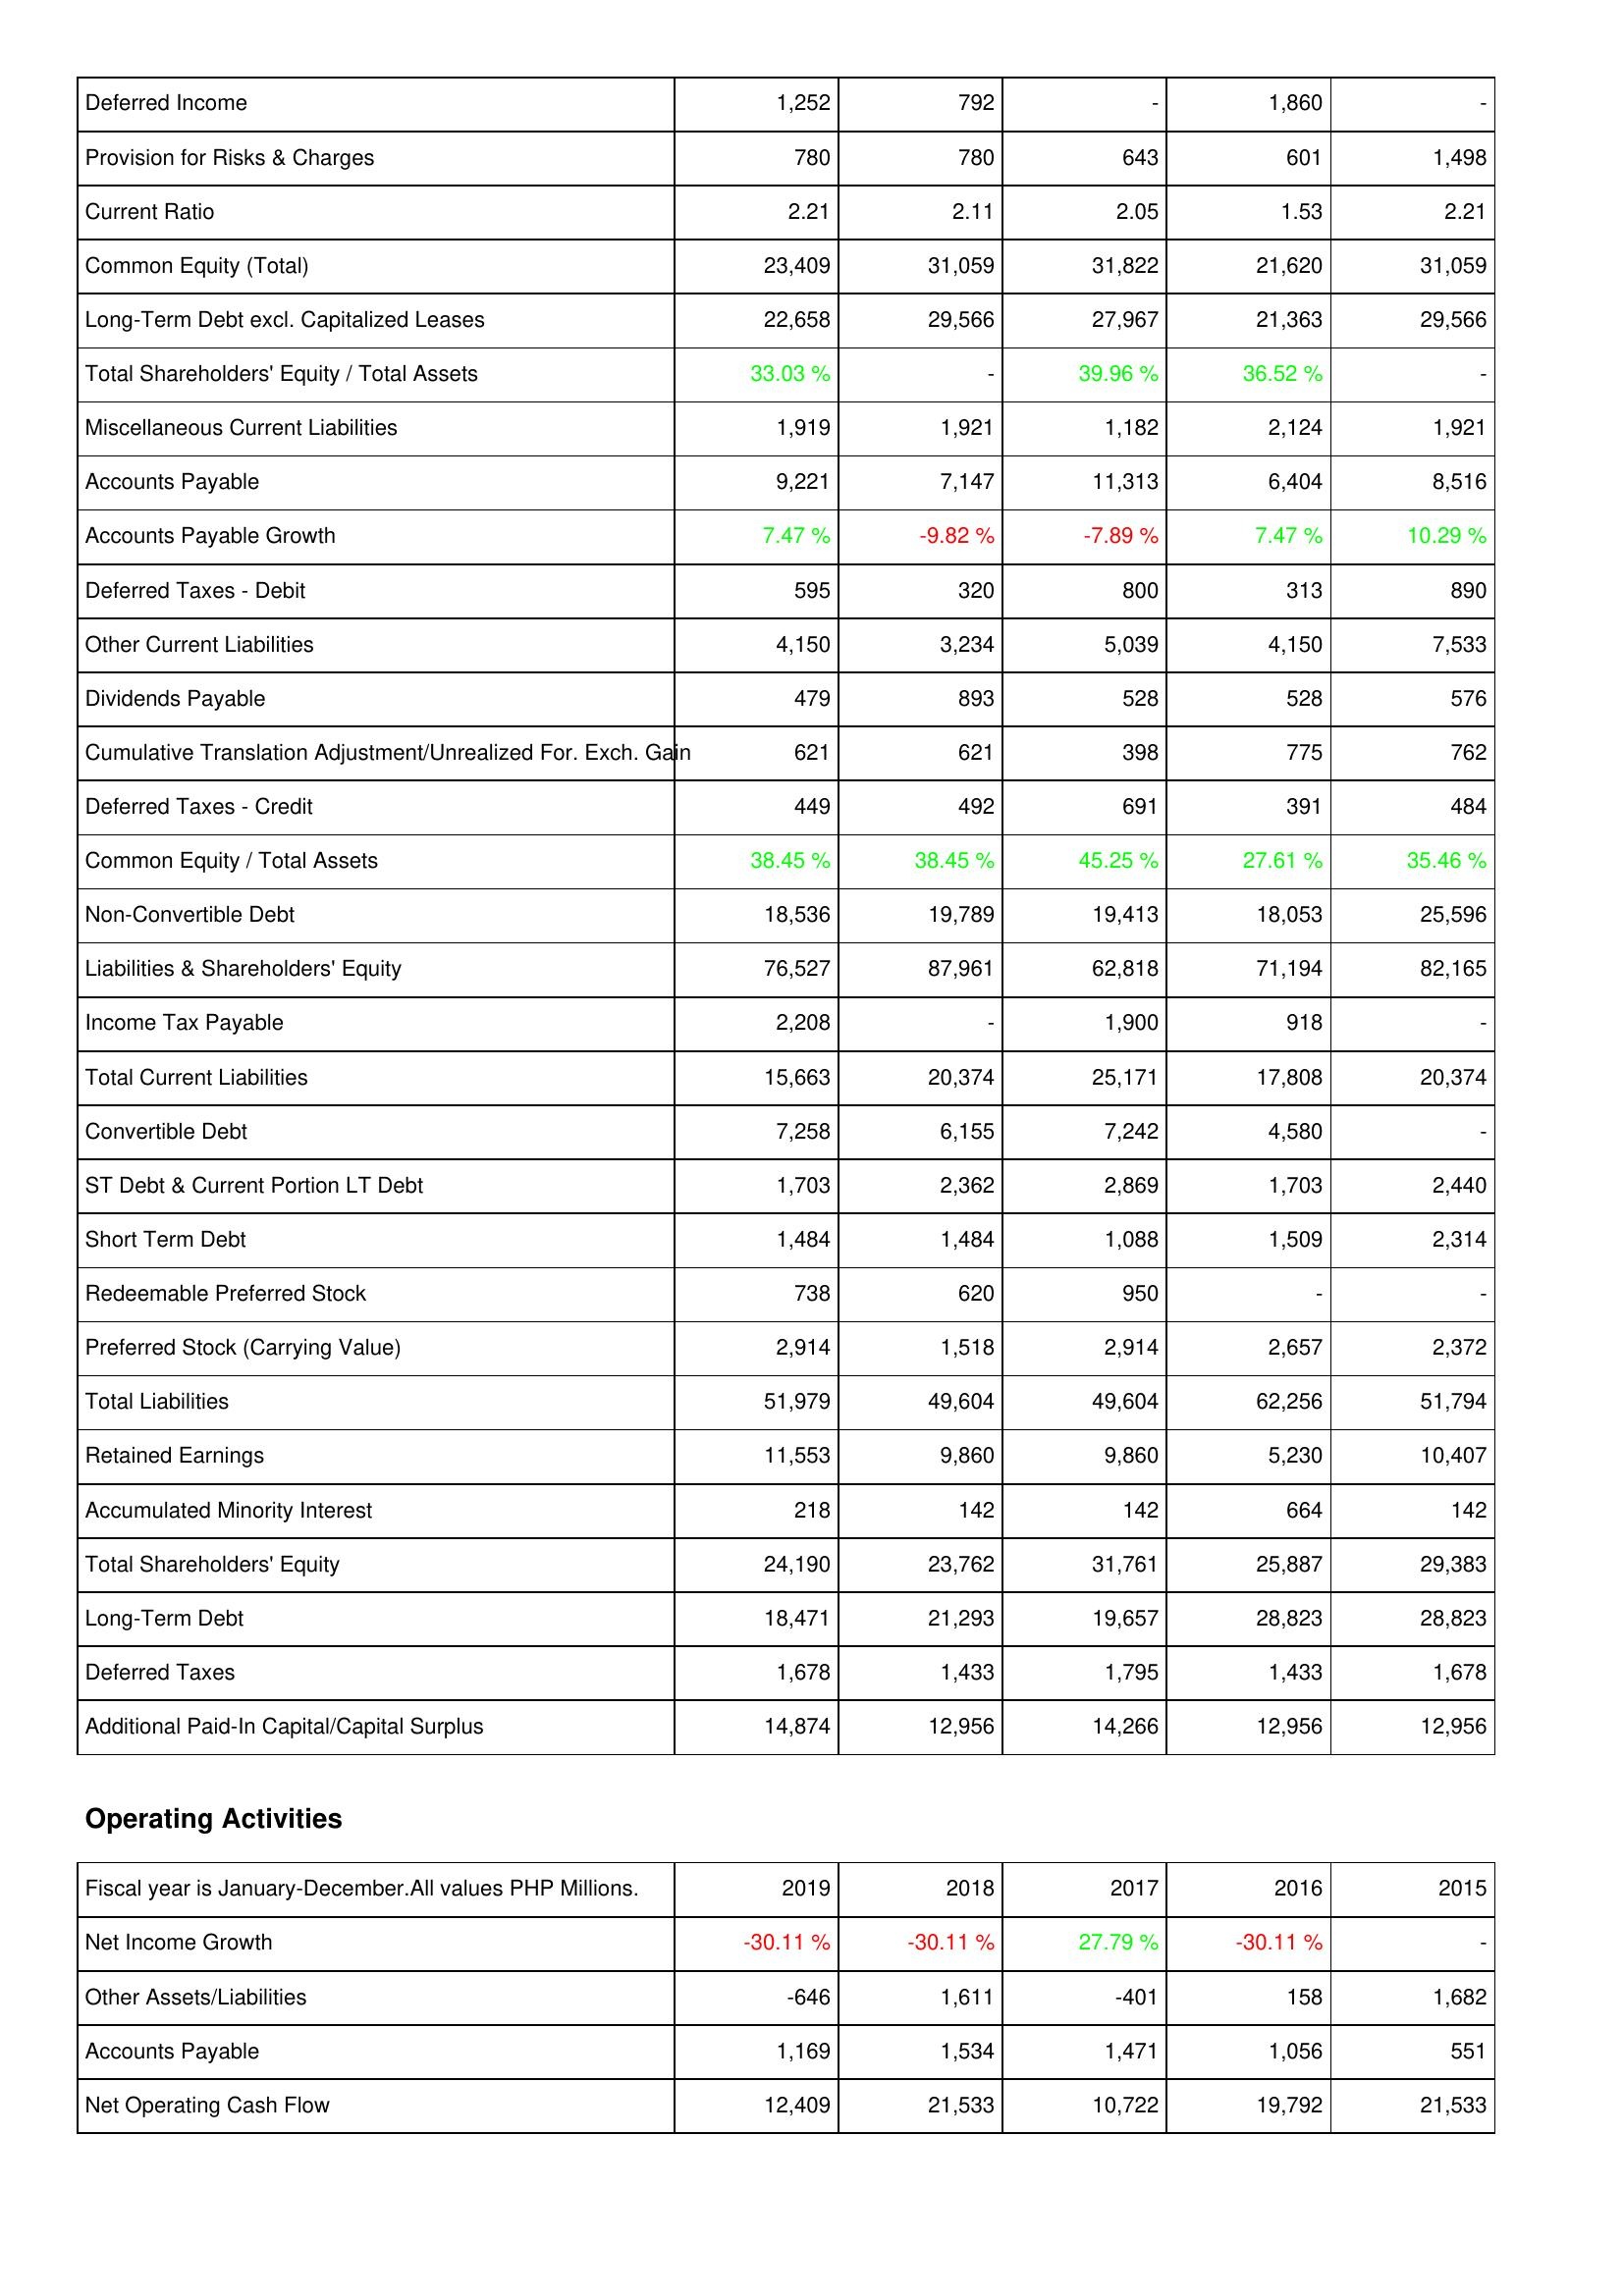
2019: Liabilities & Shareholders' Equity: Deferred Income: 1,252
Provision for Risks & Charges: 780
Current Ratio: 2.21
Common Equity (Total): 23,409
Long-Term Debt excl. Capitalized Leases: 22,658
Total Shareholders' Equity / Total Assets: 33.03 %
Miscellaneous Current Liabilities: 1,919
Accounts Payable: 9,221
Accounts Payable Growth: 7.47 %
Deferred Taxes - Debit: 595
Other Current Liabilities: 4,150
Dividends Payable: 479
Cumulative Translation Adjustment/Unrealized For. Exch. Gain: 621
Deferred Taxes - Credit: 449
Common Equity / Total Assets: 38.45 %
Non-Convertible Debt: 18,536
Liabilities & Shareholders' Equity: 76,527
Income Tax Payable: 2,208
Total Current Liabilities: 15,663
Convertible Debt: 7,258
ST Debt & Current Portion LT Debt: 1,703
Short Term Debt: 1,484
Redeemable Preferred Stock: 738
Preferred Stock (Carrying Value): 2,914
Total Liabilities: 51,979
Retained Earnings: 11,553
Accumulated Minority Interest: 218
Total Shareholders' Equity: 24,190
Long-Term Debt: 18,471
Deferred Taxes: 1,678
Additional Paid-In Capital/Capital Surplus: 14,874
Operating Activities: Net Income Growth: -30.11 %
Other Assets/Liabilities: -646
Accounts Payable: 1,169
Net Operating Cash Flow: 12,409
2018: Liabilities & Shareholders' Equity: Deferred Income: 792
Provision for Risks & Charges: 780
Current Ratio: 2.11
Common Equity (Total): 31,059
Long-Term Debt excl. Capitalized Leases: 29,566
Total Shareholders' Equity / Total Assets: -
Miscellaneous Current Liabilities: 1,921
Accounts Payable: 7,147
Accounts Payable Growth: -9.82 %
Deferred Taxes - Debit: 320
Other Current Liabilities: 3,234
Dividends Payable: 893
Cumulative Translation Adjustment/Unrealized For. Exch. Gain: 621
Deferred Taxes - Credit: 492
Common Equity / Total Assets: 38.45 %
Non-Convertible Debt: 19,789
Liabilities & Shareholders' Equity: 87,961
Income Tax Payable: -
Total Current Liabilities: 20,374
Convertible Debt: 6,155
ST Debt & Current Portion LT Debt: 2,362
Short Term Debt: 1,484
Redeemable Preferred Stock: 620
Preferred Stock (Carrying Value): 1,518
Total Liabilities: 49,604
Retained Earnings: 9,860
Accumulated Minority Interest: 142
Total Shareholders' Equity: 23,762
Long-Term Debt: 21,293
Deferred Taxes: 1,433
Additional Paid-In Capital/Capital Surplus: 12,956
Operating Activities: Net Income Growth: -30.11 %
Other Assets/Liabilities: 1,611
Accounts Payable: 1,534
Net Operating Cash Flow: 21,533
2017: Liabilities & Shareholders' Equity: Deferred Income: -
Provision for Risks & Charges: 643
Current Ratio: 2.05
Common Equity (Total): 31,822
Long-Term Debt excl. Capitalized Leases: 27,967
Total Shareholders' Equity / Total Assets: 39.96 %
Miscellaneous Current Liabilities: 1,182
Accounts Payable: 11,313
Accounts Payable Growth: -7.89 %
Deferred Taxes - Debit: 800
Other Current Liabilities: 5,039
Dividends Payable: 528
Cumulative Translation Adjustment/Unrealized For. Exch. Gain: 398
Deferred Taxes - Credit: 691
Common Equity / Total Assets: 45.25 %
Non-Convertible Debt: 19,413
Liabilities & Shareholders' Equity: 62,818
Income Tax Payable: 1,900
Total Current Liabilities: 25,171
Convertible Debt: 7,242
ST Debt & Current Portion LT Debt: 2,869
Short Term Debt: 1,088
Redeemable Preferred Stock: 950
Preferred Stock (Carrying Value): 2,914
Total Liabilities: 49,604
Retained Earnings: 9,860
Accumulated Minority Interest: 142
Total Shareholders' Equity: 31,761
Long-Term Debt: 19,657
Deferred Taxes: 1,795
Additional Paid-In Capital/Capital Surplus: 14,266
Operating Activities: Net Income Growth: 27.79 %
Other Assets/Liabilities: -401
Accounts Payable: 1,471
Net Operating Cash Flow: 10,722
2016: Liabilities & Shareholders' Equity: Deferred Income: 1,860
Provision for Risks & Charges: 601
Current Ratio: 1.53
Common Equity (Total): 21,620
Long-Term Debt excl. Capitalized Leases: 21,363
Total Shareholders' Equity / Total Assets: 36.52 %
Miscellaneous Current Liabilities: 2,124
Accounts Payable: 6,404
Accounts Payable Growth: 7.47 %
Deferred Taxes - Debit: 313
Other Current Liabilities: 4,150
Dividends Payable: 528
Cumulative Translation Adjustment/Unrealized For. Exch. Gain: 775
Deferred Taxes - Credit: 391
Common Equity / Total Assets: 27.61 %
Non-Convertible Debt: 18,053
Liabilities & Shareholders' Equity: 71,194
Income Tax Payable: 918
Total Current Liabilities: 17,808
Convertible Debt: 4,580
ST Debt & Current Portion LT Debt: 1,703
Short Term Debt: 1,509
Redeemable Preferred Stock: -
Preferred Stock (Carrying Value): 2,657
Total Liabilities: 62,256
Retained Earnings: 5,230
Accumulated Minority Interest: 664
Total Shareholders' Equity: 25,887
Long-Term Debt: 28,823
Deferred Taxes: 1,433
Additional Paid-In Capital/Capital Surplus: 12,956
Operating Activities: Net Income Growth: -30.11 %
Other Assets/Liabilities: 158
Accounts Payable: 1,056
Net Operating Cash Flow: 19,792
2015: Liabilities & Shareholders' Equity: Deferred Income: -
Provision for Risks & Charges: 1,498
Current Ratio: 2.21
Common Equity (Total): 31,059
Long-Term Debt excl. Capitalized Leases: 29,566
Total Shareholders' Equity / Total Assets: -
Miscellaneous Current Liabilities: 1,921
Accounts Payable: 8,516
Accounts Payable Growth: 10.29 %
Deferred Taxes - Debit: 890
Other Current Liabilities: 7,533
Dividends Payable: 576
Cumulative Translation Adjustment/Unrealized For. Exch. Gain: 762
Deferred Taxes - Credit: 484
Common Equity / Total Assets: 35.46 %
Non-Convertible Debt: 25,596
Liabilities & Shareholders' Equity: 82,165
Income Tax Payable: -
Total Current Liabilities: 20,374
Convertible Debt: -
ST Debt & Current Portion LT Debt: 2,440
Short Term Debt: 2,314
Redeemable Preferred Stock: -
Preferred Stock (Carrying Value): 2,372
Total Liabilities: 51,794
Retained Earnings: 10,407
Accumulated Minority Interest: 142
Total Shareholders' Equity: 29,383
Long-Term Debt: 28,823
Deferred Taxes: 1,678
Additional Paid-In Capital/Capital Surplus: 12,956
Operating Activities: Net Income Growth: -
Other Assets/Liabilities: 1,682
Accounts Payable: 551
Net Operating Cash Flow: 21,533